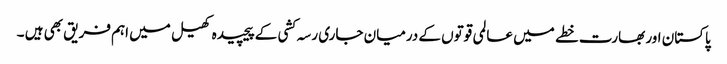
پاکستان اور بھارت خطے میں عالمی قوتوں کے درمیان جاری رسہ کشی کے پیچیدہ کھیل میں اہم فریق بھی ہیں ۔